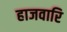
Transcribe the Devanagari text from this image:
हाजवारि